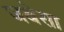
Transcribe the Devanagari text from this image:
जबेसा